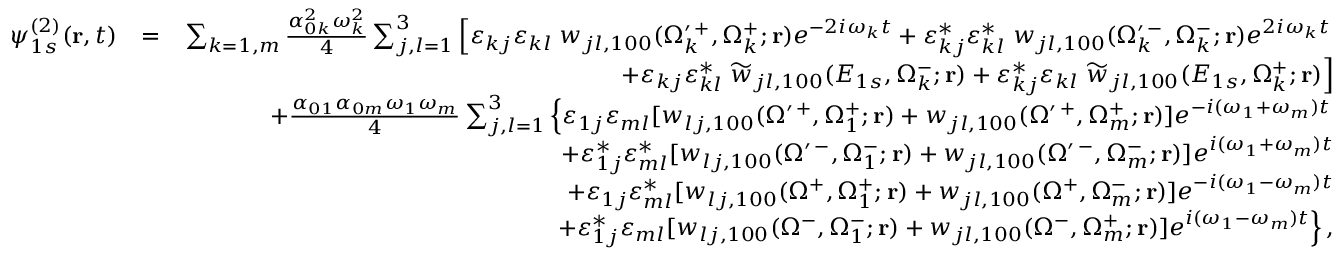
\begin{array} { r l r } { \psi _ { 1 s } ^ { ( 2 ) } ( \mathbf { r } , t ) } & { = } & { \sum _ { k = 1 , m } \frac { \alpha _ { 0 k } ^ { 2 } \omega _ { k } ^ { 2 } } { 4 } \sum _ { j , l = 1 } ^ { 3 } \left[ \varepsilon _ { k j } \varepsilon _ { k l } \; w _ { j l , 1 0 0 } ( \Omega _ { k } ^ { \prime \, + } , \Omega _ { k } ^ { + } ; \mathbf { r } ) e ^ { - 2 i \omega _ { k } t } + \varepsilon _ { k j } ^ { * } \varepsilon _ { k l } ^ { * } \; w _ { j l , 1 0 0 } ( \Omega _ { k } ^ { \prime \, - } , \Omega _ { k } ^ { - } ; \mathbf { r } ) e ^ { 2 i \omega _ { k } t } \right. } \\ & { } & { \left. + \varepsilon _ { k j } \varepsilon _ { k l } ^ { * } \; \widetilde w _ { j l , 1 0 0 } ( E _ { 1 s } , \Omega _ { k } ^ { - } ; \mathbf { r } ) + \varepsilon _ { k j } ^ { * } \varepsilon _ { k l } \; \widetilde w _ { j l , 1 0 0 } ( E _ { 1 s } , \Omega _ { k } ^ { + } ; \mathbf { r } ) \right] } \\ & { } & { + \frac { \alpha _ { 0 1 } \alpha _ { 0 m } \omega _ { 1 } \omega _ { m } } { 4 } \sum _ { j , l = 1 } ^ { 3 } \left\{ \varepsilon _ { 1 j } \varepsilon _ { m l } [ w _ { l j , 1 0 0 } ( \Omega ^ { \prime \, + } , \Omega _ { 1 } ^ { + } ; \mathbf { r } ) + w _ { j l , 1 0 0 } ( \Omega ^ { \prime \, + } , \Omega _ { m } ^ { + } ; \mathbf { r } ) ] e ^ { - i ( \omega _ { 1 } + \omega _ { m } ) t } \right. } \\ & { } & { + \varepsilon _ { 1 j } ^ { * } \varepsilon _ { m l } ^ { * } [ w _ { l j , 1 0 0 } ( \Omega ^ { \prime \, - } , \Omega _ { 1 } ^ { - } ; \mathbf { r } ) + w _ { j l , 1 0 0 } ( \Omega ^ { \prime \, - } , \Omega _ { m } ^ { - } ; \mathbf { r } ) ] e ^ { i ( \omega _ { 1 } + \omega _ { m } ) t } } \\ & { } & { + \varepsilon _ { 1 j } \varepsilon _ { m l } ^ { * } [ w _ { l j , 1 0 0 } ( \Omega ^ { + } , \Omega _ { 1 } ^ { + } ; \mathbf { r } ) + w _ { j l , 1 0 0 } ( \Omega ^ { + } , \Omega _ { m } ^ { - } ; \mathbf { r } ) ] e ^ { - i ( \omega _ { 1 } - \omega _ { m } ) t } } \\ & { } & { \left. + \varepsilon _ { 1 j } ^ { * } \varepsilon _ { m l } [ w _ { l j , 1 0 0 } ( \Omega ^ { - } , \Omega _ { 1 } ^ { - } ; \mathbf { r } ) + w _ { j l , 1 0 0 } ( \Omega ^ { - } , \Omega _ { m } ^ { + } ; \mathbf { r } ) ] e ^ { i ( \omega _ { 1 } - \omega _ { m } ) t } \right\} , } \end{array}